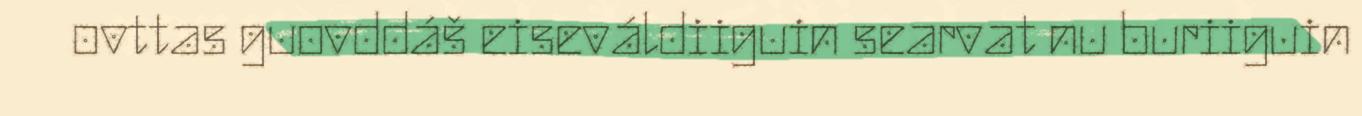
ovttas guovddáš eiseváldiiguin searvat nu buriiguin